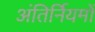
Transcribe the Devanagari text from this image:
अंतिर्नियमों